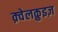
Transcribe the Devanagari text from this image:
क़्वेलक़ुइज़